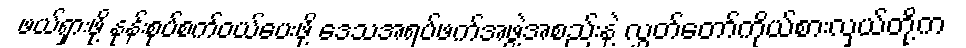
ဖယ်ရှားဖို့ နုန်းစုပ်စက်ဝယ်ပေးဖို့ ဒေသအရပ်ဖက်အဖွဲ့အစည်းနဲ့ လွှတ်တော်ကိုယ်စားလှယ်တို့က